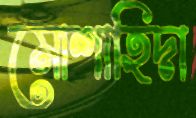
মোশাহিদা